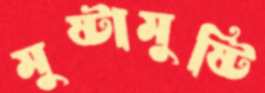
মুষ্টামুষ্টি